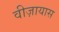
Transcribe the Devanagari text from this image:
वीज़ायास